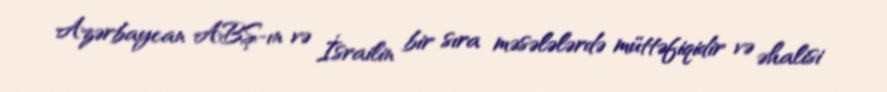
Azərbaycan ABŞ-ın və İsrailin bir sıra məsələlərdə müttəfiqidir və əhalisi